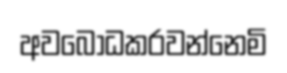
අවබෝධකරවන්නෙමි